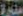
منورة